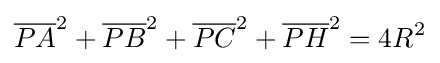
{\overline {PA}}^{2}+{\overline {PB}}^{2}+{\overline {PC}}^{2}+{\overline {PH}}^{2}=4R^{2}